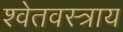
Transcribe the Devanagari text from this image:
श्वेतवस्त्राय